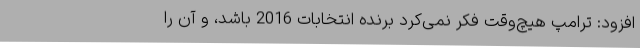
افزود: ترامپ هیچ‌وقت فکر نمی‌کرد برنده انتخابات 2016 باشد، و آن را